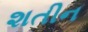
શતીન